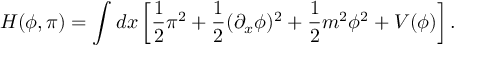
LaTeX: H ( \phi , \pi ) = \int d x \left[ { \frac { 1 } { 2 } } \pi ^ { 2 } + { \frac { 1 } { 2 } } ( \partial _ { x } \phi ) ^ { 2 } + { \frac { 1 } { 2 } } m ^ { 2 } \phi ^ { 2 } + V ( \phi ) \right] .